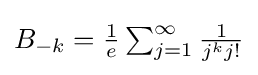
{\textstyle B_{-k}={\frac {1}{e}}\sum _{j=1}^{\infty }{\frac {1}{j^{k}j!}}}